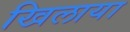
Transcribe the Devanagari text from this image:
खिलाया